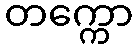
တက္ကော